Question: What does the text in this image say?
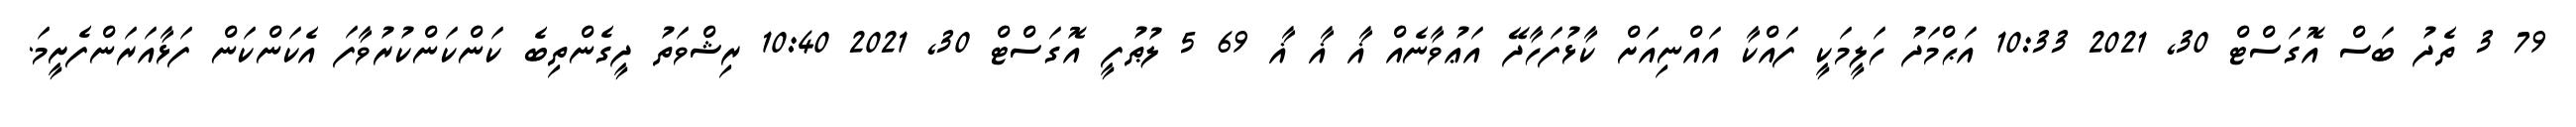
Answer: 79 3 ތެދު ބަސް އޮގަސްޓް 30, 2021 10:33 އަޙްމަދު ހަލީމަކީ ފައްކާ އައްނިއަށް ކާޅުފަހާދޭ އަޢުވާނެއް ޣާ ޣާ ޣާ 69 5 ލުޠުފީ އޮގަސްޓް 30, 2021 10:40 ރިޝްވަތު ދީގެންތިބެ ކަންކަންކުރުވާފަ އެކަންކަން ފަޅާއަރަންފެށީމަ.